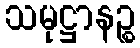
သမုဋ္ဌာနဉ္စ